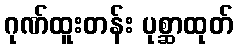
ဂုဏ်ထူးတန်း ပုစ္ဆာထုတ်